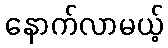
နောက်လာမယ့်